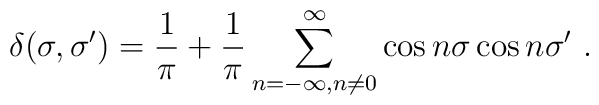
\delta (\sigma,\sigma')=\frac{1}{\pi}+\frac{1}{\pi}\sum_{n=-\infty, n\neq 0}^{\infty} \cos n \sigma \cos n \sigma' \ .